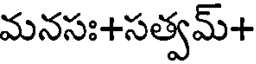
మనసః+సత్వమ్+